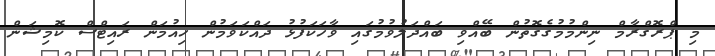
މި ޕްރޮގްރާމް ނިންމުމުގެގޮތުން ބޭއްވި ބައްދަލުވުމުގައި ވާހަކަފުޅު ދައްކަވަމުން ހިއުމަން ރައިޓްސް ކޮމިޝަން